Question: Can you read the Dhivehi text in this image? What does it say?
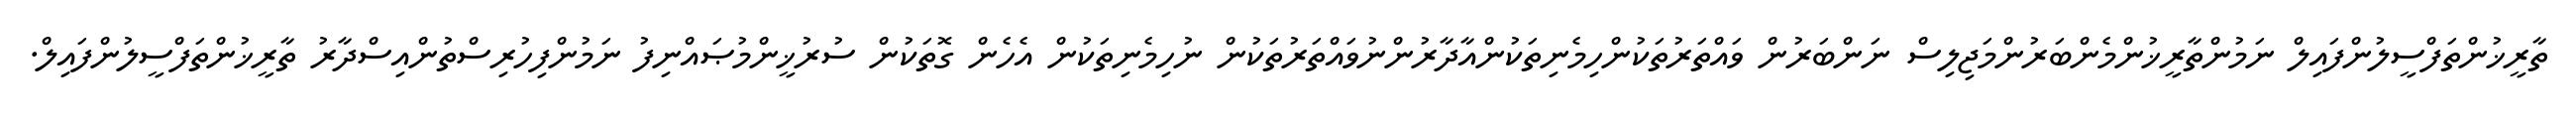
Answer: ތާރީޚުންތަފްސީލުންފައިލް ނަމުންތާރީޚުންމެންބަރުންމަޖިލިސް ނަންބަރުން ވައްތަރުތަކުންހިމެނިތަކުންއާދާރުންނުވައްތަރުތަކުން ނުހިމެނިތަކުން އެހެން ގޮތަކުން ސުރުޚީންމުޞައްނިފު ނަމުންފިހުރިސްތުންއިސްދާރު ތާރީޚުންތަފްސީލުންފައިލް.